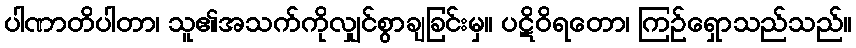
ပါဏာတိပါတာ၊ သူ၏အသက်ကိုလျှင်စွာချခြင်းမှ။ ပဋိဝိရတော၊ ကြဉ်ရှောသည်သည်။